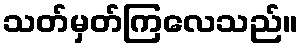
သတ်မှတ်ကြလေသည်။